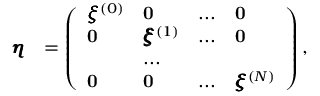
\begin{array} { r l } { \pmb { \eta } } & { = \left( \begin{array} { l l l l } { \pmb { \xi } ^ { ( 0 ) } } & { \mathbf { 0 } } & { . . . } & { \mathbf { 0 } } \\ { \mathbf { 0 } } & { \pmb { \xi } ^ { ( 1 ) } } & { . . . } & { \mathbf { 0 } } \\ & { . . . } \\ { \mathbf { 0 } } & { \mathbf { 0 } } & { . . . } & { \pmb { \xi } ^ { ( N ) } } \end{array} \right) , } \end{array}